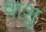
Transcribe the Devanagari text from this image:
वाशु